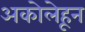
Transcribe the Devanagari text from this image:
अकोलेहून